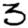
Digit: 3